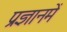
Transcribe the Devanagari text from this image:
प्रज्ञानमें